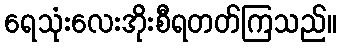
ရေသုံးလေးအိုးစီရတတ်ကြသည်။